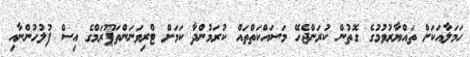
ހަމަލާއަކަށް ތައްޔާރުވުމުގެ ގޮތުން ކުރަންޖެހޭ މަސައްކަތްތައް ކުރަމުންދާ ކަމަށް ޓްރިވަނަންތަޕޫރަމްގެ އިސް ފުލުހުންނާއި